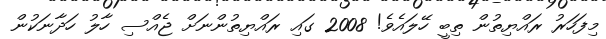
މިފަހަރު ރައްޔިތުން ތިބީ ހޭލައެވެ! 2008 ގައި ރައްޔިތުންނަށް ޖެއްސި ހާލު ހަދާނަކުން